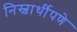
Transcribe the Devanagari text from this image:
निस्वार्थीपणे